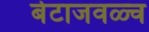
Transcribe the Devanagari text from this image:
बेटाजवळ्च